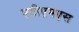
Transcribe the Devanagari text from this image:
एटीएमएस